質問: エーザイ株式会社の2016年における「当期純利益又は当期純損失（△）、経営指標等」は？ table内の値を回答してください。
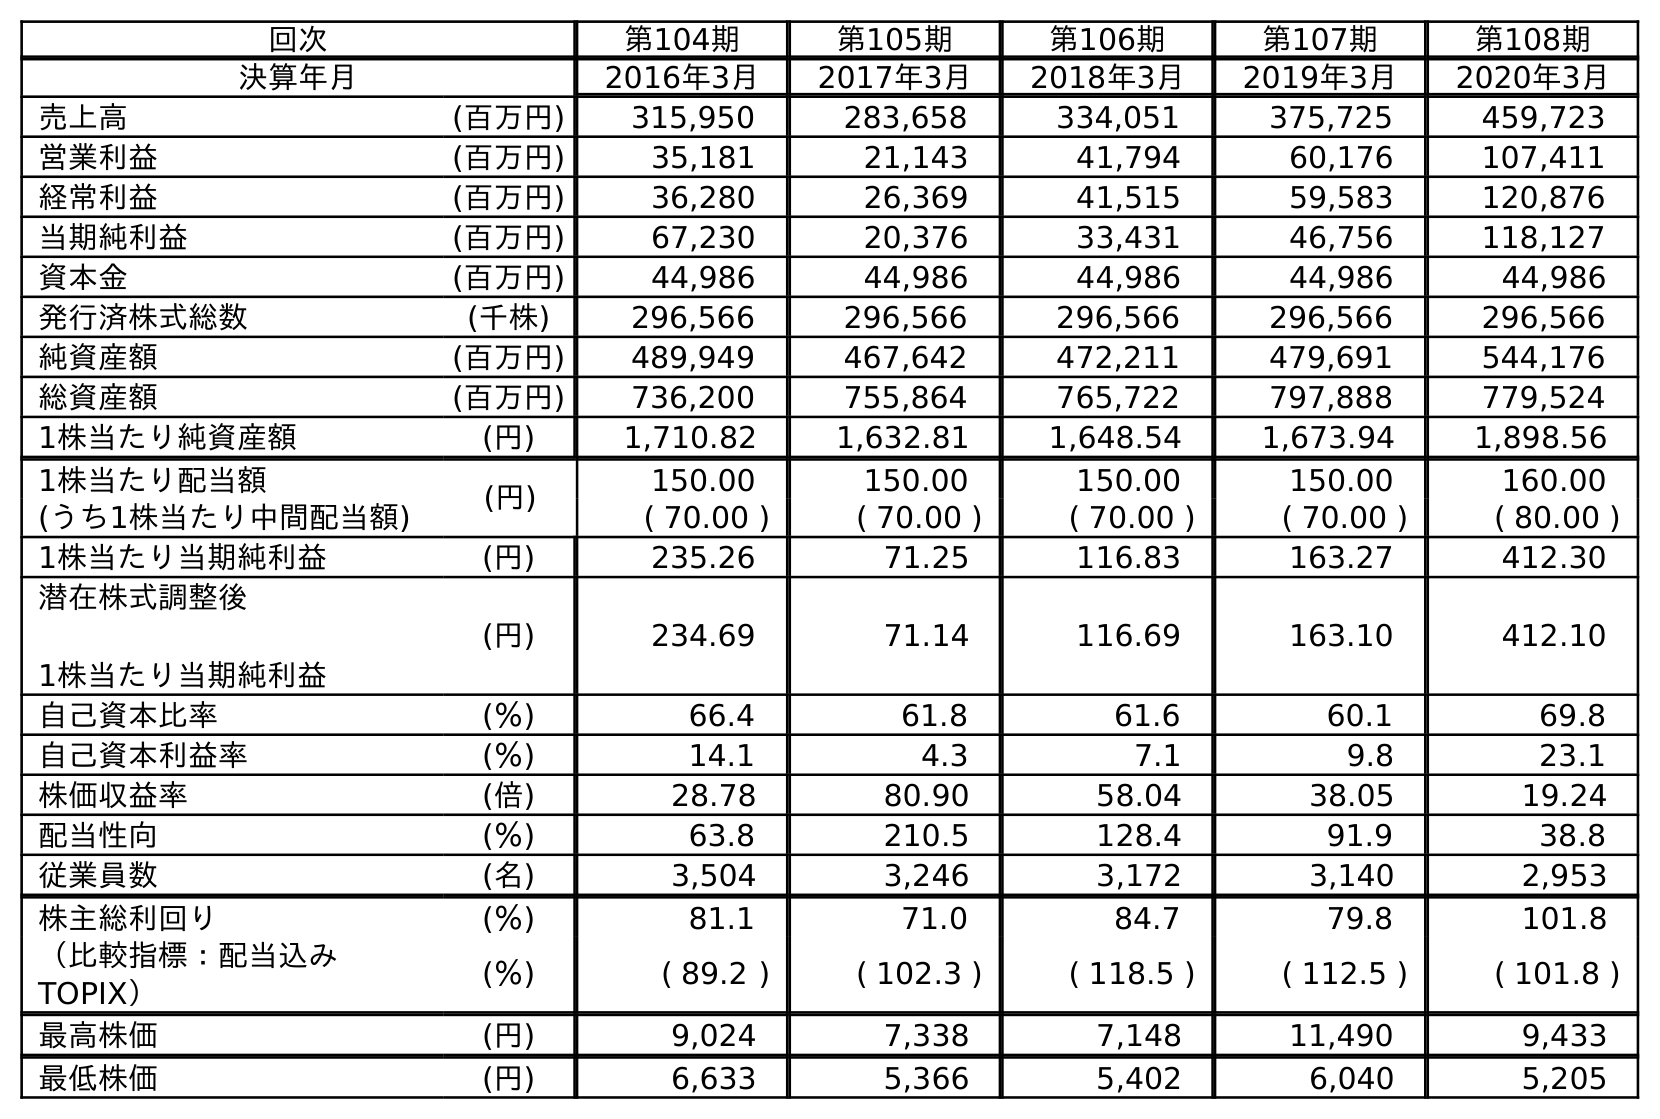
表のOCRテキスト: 回次 第104期 第105期 第106期 第107期 第108期 決算年月 2016年3月 2017年3月 2018年3月 2019年3月 2020年3月 売上高 (百万円) 315,950 283,658 334,051 375,725 459,723 営業利益 (百万円) 35,181 21,143 41,794 60,176 107,411 経常利益 (百万円) 36,280 26,369 41,515 59,583 120,876 当期純利益 (百万円) 67,230 20,376 33,431 46,756 118,127 資本金 (百万円) 44,986 44,986 44,986 44,986 44,986 発行済株式総数 (千株) 296,566 296,566 296,566 296,566 296,566 純資産額 (百万円) 489,949 467,642 472,211 479,691 544,176 総資産額 (百万円) 736,200 755,864 765,722 797,888 779,524 1株当たり純資産額 (円) 1,710.82 1,632.81 1,648.54 1,673.94 1,898.56 1株当たり配当額 (円) 150.00 150.00 150.00 150.00 160.00 (うち1株当たり中間配当額) ( 70.00 ) ( 70.00 ) ( 70.00 ) ( 70.00 ) ( 80.00 ) 1株当たり当期純利益 (円) 235.26 71.25 116.83 163.27 412.30 潜在株式調整後 1株当たり当期純利益 (円) 234.69 71.14 116.69 163.10 412.10 自己資本比率 (％) 66.4 61.8 61.6 60.1 69.8 自己資本利益率 (％) 14.1 4.3 7.1 9.8 23.1 株価収益率 (倍) 28.78 80.90 58.04 38.05 19.24 配当性向 (％) 63.8 210.5 128.4 91.9 38.8 従業員数 (名) 3,504 3,246 3,172 3,140 2,953 株主総利回り (％) 81.1 71.0 84.7 79.8 101.8 （比較指標：配当込み TOPIX） (％) ( 89.2 ) ( 102.3 ) ( 118.5 ) ( 112.5 ) ( 101.8 ) 最高株価 (円) 9,024 7,338 7,148 11,490 9,433 最低株価 (円) 6,633 5,366 5,402 6,040 5,205
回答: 67,230